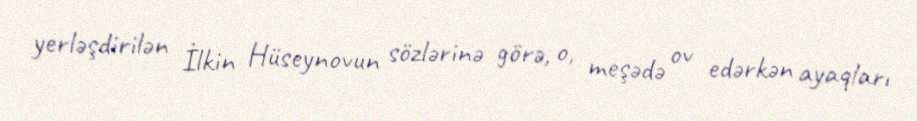
yerləşdirilən İlkin Hüseynovun sözlərinə görə, o, meşədə ov edərkən ayaqları